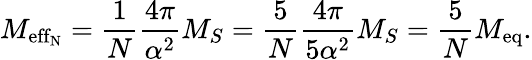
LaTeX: M_{\mathrm{eff_{N}}}=\frac 1N\frac{4\pi}{\alpha^{2}}M_{S}=\frac{5}{N}\frac{4\pi}{5\alpha^{2}}M_{S}=\frac{5}{N}M_{\mathrm{eq}}.